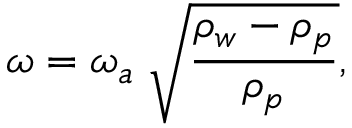
\omega = \omega _ { a } \; \sqrt { \frac { \rho _ { w } - \rho _ { p } } { \rho _ { p } } } ,